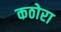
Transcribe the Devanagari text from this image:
कठोरा